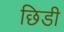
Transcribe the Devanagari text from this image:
छिडी